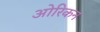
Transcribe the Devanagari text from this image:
ओरिकन